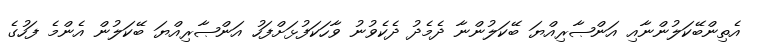
އެތިންބޭކަލުންނާއި އަންޞާރިއްޔަ ބޭކަލުންނާ ދެމެދު ދެކެވުނު ވާހަކަފުޅަށްފަހު އަންޞާރިއްޔަ ބޭކަލުން އެންމެ ފަހުގެ